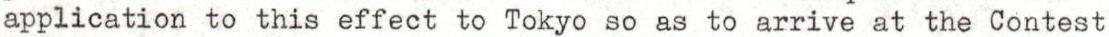
application to this effect to Tokyo so as to arrive at the Contest